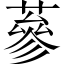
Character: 蔘